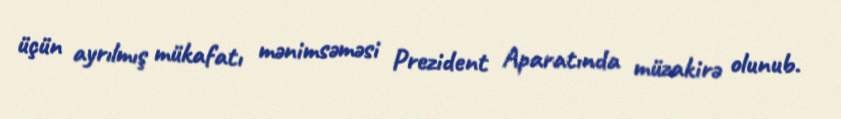
üçün ayrılmış mükafatı mənimsəməsi Prezident Aparatında müzakirə olunub.